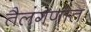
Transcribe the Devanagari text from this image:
तैलंगणांत